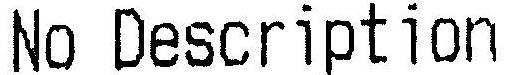
NO DESCRIPTION